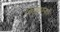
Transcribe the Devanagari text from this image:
खिडक्यांनाही